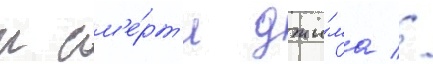
к см'е́рт'и джи́ма //